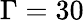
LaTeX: \Gamma=30